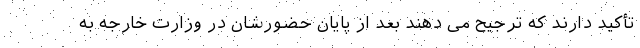
تأکید دارند که ترجیح می دهند بعد از پایان حضورشان در وزارت خارجه به